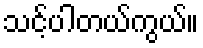
သင့်ပါတယ်ကွယ်။